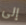
إلى